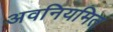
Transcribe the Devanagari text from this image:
अवनियमित